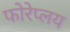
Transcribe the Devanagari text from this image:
फोरेप्लय